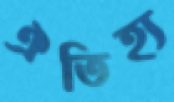
ঐতিহ্য